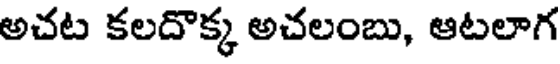
అచట కలదొక్క అచలంబు, ఆటలాగ